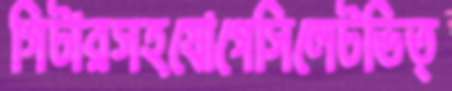
গিটারসহযোগেসিলেটভিত্